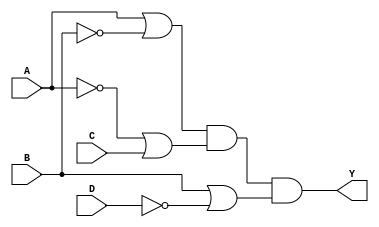
module pos_logic (
    input wire A,  // Input variable A
    input wire B,  // Input variable B
    input wire C,  // Input variable C
    input wire D,  // Input variable D
    output wire Y  // Output Y representing the POS expression
);

// Define the sum terms based on the conditions that yield an output of 0
wire sum1; // Represents (A + B')
wire sum2; // Represents (A' + C)
wire sum3; // Represents (B + D')

// Create the sum terms using OR gates
assign sum1 = A | ~B; // (A + B')
assign sum2 = ~A | C; // (A' + C)
assign sum3 = B | ~D; // (B + D')

// Combine the sum terms using an AND gate to produce the output Y
assign Y = sum1 & sum2 & sum3; // Y = (A + B')(A' + C)(B + D')

endmodule